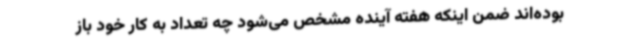
بوده‌اند ضمن اینکه هفته آینده مشخص می‌شود چه تعداد به کار خود باز